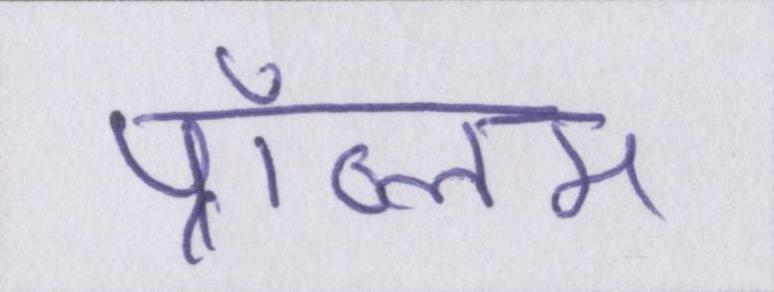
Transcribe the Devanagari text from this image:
प्रॉब्लम